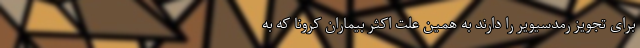
برای تجویز رمدسیویر را دارند به همین علت اکثر بیماران کرونا که به